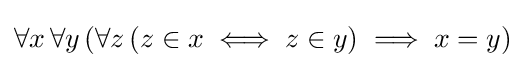
\forall x\,\forall y\,(\forall z\,(z\in x\iff z\in y)\implies x=y)